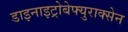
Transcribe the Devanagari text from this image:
डाइनाइट्रोबेफ्युराक्सेन